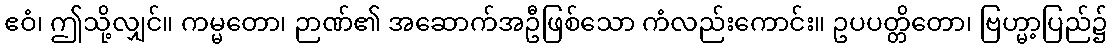
ဧဝံ၊ ဤသို့လျှင်။ ကမ္မတော၊ ဉာဏ်၏ အဆောက်အဦဖြစ်သော ကံလည်းကောင်း။ ဥပပတ္တိတော၊ ဗြဟ္မာ့ပြည်၌